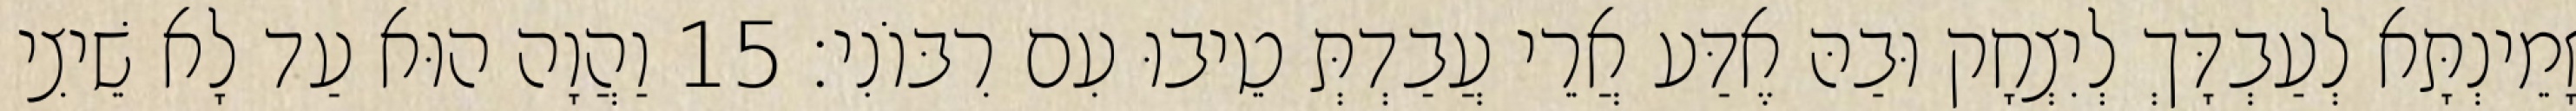
זָמֵינְתָּא לְעַבְדָּךְ לְיִצְחָק וּבַהּ אֶדַּע אֲרֵי עֲבַדְתְּ טֵיבוּ עִם רִבּוֹנִי׃ 15 וַהֲוָה הוּא עַד לָא שֵׁיצִי